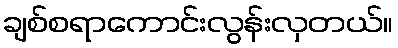
ချစ်စရာကောင်းလွန်းလှတယ်။